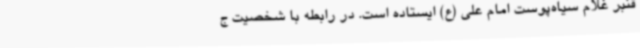
قنبر غلام سیاه‌پوست امام علی (ع) ایستاده است. در رابطه با شخصیت ج